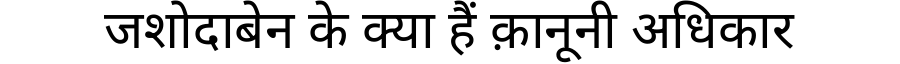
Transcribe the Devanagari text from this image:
जशोदाबेन के क्या हैं क़ानूनी अधिकार